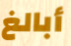
أبالغ